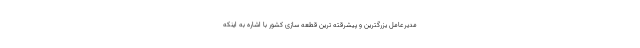
مدیرعامل یزرگترین و پیشرقته ترین قطعه سازی کشور با اشاره به اینکه